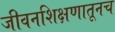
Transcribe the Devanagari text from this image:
जीवनशिक्षणातूनच